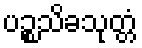
ပဉ္စသိခသုတ္တံ